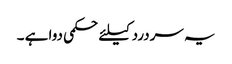
یہ سردرد کیلئے حکمی دوا ہے ۔